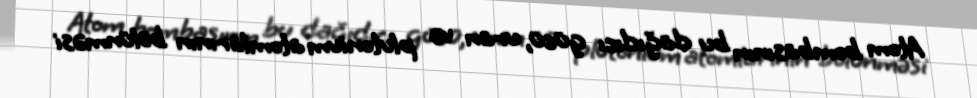
Atom bombasının bu dağıdıcı gücü, uran və plutonium atomlarının bölünməsi